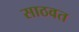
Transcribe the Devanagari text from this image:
साठवत